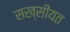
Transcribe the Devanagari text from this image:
सख्सीयत